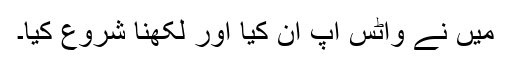
میں نے واٹس اپ آن کیا اور لکھنا شروع کیا۔